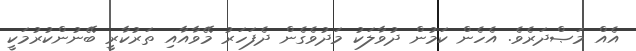
އެއް މަޞްދަރެވެ. އެހެން ކަމުން ދުވާލަކު މަދުވެެގެން ދެފަހަރު މޭވާއާއި ތަރުކާރީ ބޭނުންކުރުމަކީ